Indian journal of veterinary science and animal husbandry - Volume 11,
Year: 1941
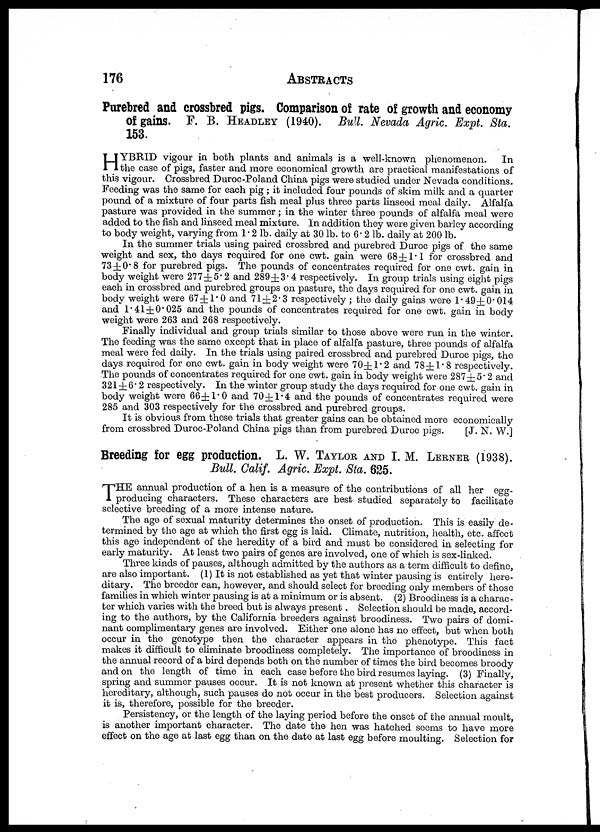
176
ABSTRACTS
Purebred and crossbred pigs. Comparison of rate of growth and economy
of gains. F. B. HEADLEY (1940). Bull. Nevada Agric. Expt. Sta.
153.
H YBRID vigour in both plants and animals is a well-known phenomenon. In
the case of pigs, faster and more economical growth are practical manifestations of
this vigour. Crossbred Duroc-Poland China pigs were studied under Nevada conditions.
Feeding was the same for each pig ; it included four pounds of skim milk and a quarter
pound of a mixture of four parts fish meal plus three parts linseed meal daily. Alfalfa
pasture was provided in the summer; in the winter three pounds of alfalfa meal were
added to the fish and linseed meal mixture. In addition they were given barley according
to body weight, varying from 1.2 lb. daily at 30 lb. to 6.2 lb. daily at 200 lb.
In the summer trials using paired crossbred and purebred Duroc pigs of the same
weight and sex, the days required for one cwt. gain were 68±1.1 for crossbred and
73±0.8 for purebred pigs. The pounds of concentrates required for one cwt. gain in
body weight were 277±5.2 and 2.89 ±3.4 respectively. In group trials using eight pigs
each in crossbred and purebred groups on pasture, the days required for one cwt. gain in
body weight were 67±1.0 and 71 ±2.3 respectively ; the daily gains were 1.49±0.014
and 1.41± 0.025 and the pounds of concentrates required for one cwt. gain in body
weight were 263 and 268 respectively.
Finally individual and group trials similar to those above were run in the winter.
The feeding was the same except that in place of alfalfa pasture, three pounds of alfalfa
meal were fed daily. In the trials using paired crossbred and purebred Duroc pigs, the
days required for one cwt. gain in body weight were 70±1.2 and 78±1.8 respectively.
The pounds of concentrates required for one cwt. gain in body weight were 287±5.2 and
321±6.2 respectively. In the winter group study the days required for one cwt. gain in
body weight were 66±1.0 and 70±1.4 and the pounds of concentrates required were
285 and 303 respectively for the crossbred and purebred groups.
It is obvious from these trials that greater gains can be obtained more economically
from crossbred Duroc-Poland China pigs than from purebred Duroc pigs.
[J. N. W.]
Breeding for egg production. L. W. TAYLOR AND I. M. LERNER (1938).
Bull. Calif. Agric. Expt. Sta. 625.
T HE annual production of a hen is a measure of the contributions of all her egg-
producing characters. These characters are best studied separately to facilitate
selective breeding of a more intense nature.
The age of sexual maturity determines the onset of production. This is easily de-
termined by the age at which the first egg is laid. Climate, nutrition, health, etc. affect
this age independent of the heredity of a bird and must be considered in selecting for
early maturity. At least two pairs of genes are involved, one of which is sex-linked.
Three kinds of pauses, although admitted by the authors as a term difficult to define,
are also important. (1) It is not established as yet that winter pausing is entirely here-
ditary. The breeder can, however, and should select for breeding only members of those
families in which winter pausing is at a minimum or is absent. (2) Broodiness is a charac-
ter which varies with the breed but is always present. Selection should be made, accord-
ing to the authors, by the California breeders against broodiness. Two pairs of domi-
nant complimentary genes are involved. Either one alone has no effect, but when both
occur in the genotype then the character appears in the phenotype. This fact
makes it difficult to eliminate broodiness completely. The importance of broodiness in
the annual record of a bird depends both on the number of times the bird becomes broody
and on the length of time in each case before the bird resumes laying. (3) Finally,
spring and summer pauses occur. It is not known at present whether this character is
hereditary, although, such pauses do not occur in the best producers. Selection against
it is, therefore, possible for the breeder.
Persistency, or the length of the laying period before the onset of the annual moult,
is another important character. The date the hen was hatched seems to have more
effect on the age at last egg than on the date at last egg before moulting. Selection for